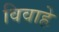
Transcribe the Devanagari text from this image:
विवाहे